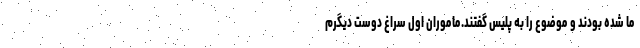
ما شده بودند و موضوع را به پلیس گفتند.ماموران اول سراغ دوست دیگرم